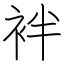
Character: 袢